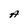
Character: A